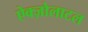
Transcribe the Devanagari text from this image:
ऐक्ज़ोलाटल